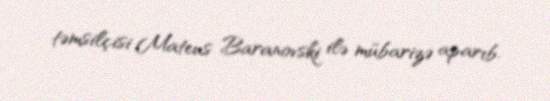
təmsilçisi Mateus Baranovski ilə mübarizə aparıb.